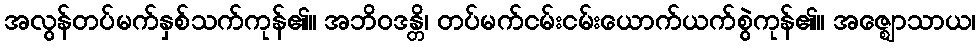
အလွန်တပ်မက်နှစ်သက်ကုန်၏။ အဘိဝဒန္တိ၊ တပ်မက်ငမ်းငမ်းယောက်ယက်စွဲကုန်၏။ အဇ္ဈောသာယ၊